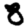
Digit: 8